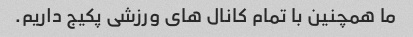
ما همچنین با تمام کانال های ورزشی پکیج داریم.